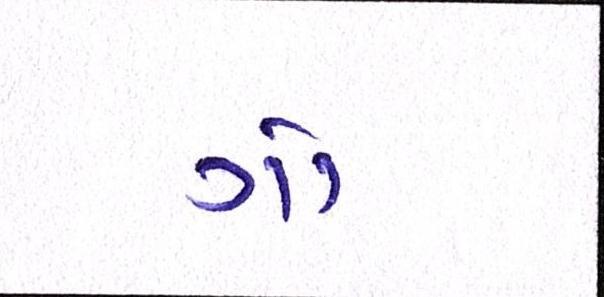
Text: ગો